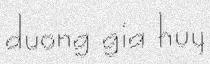
duong gia huy